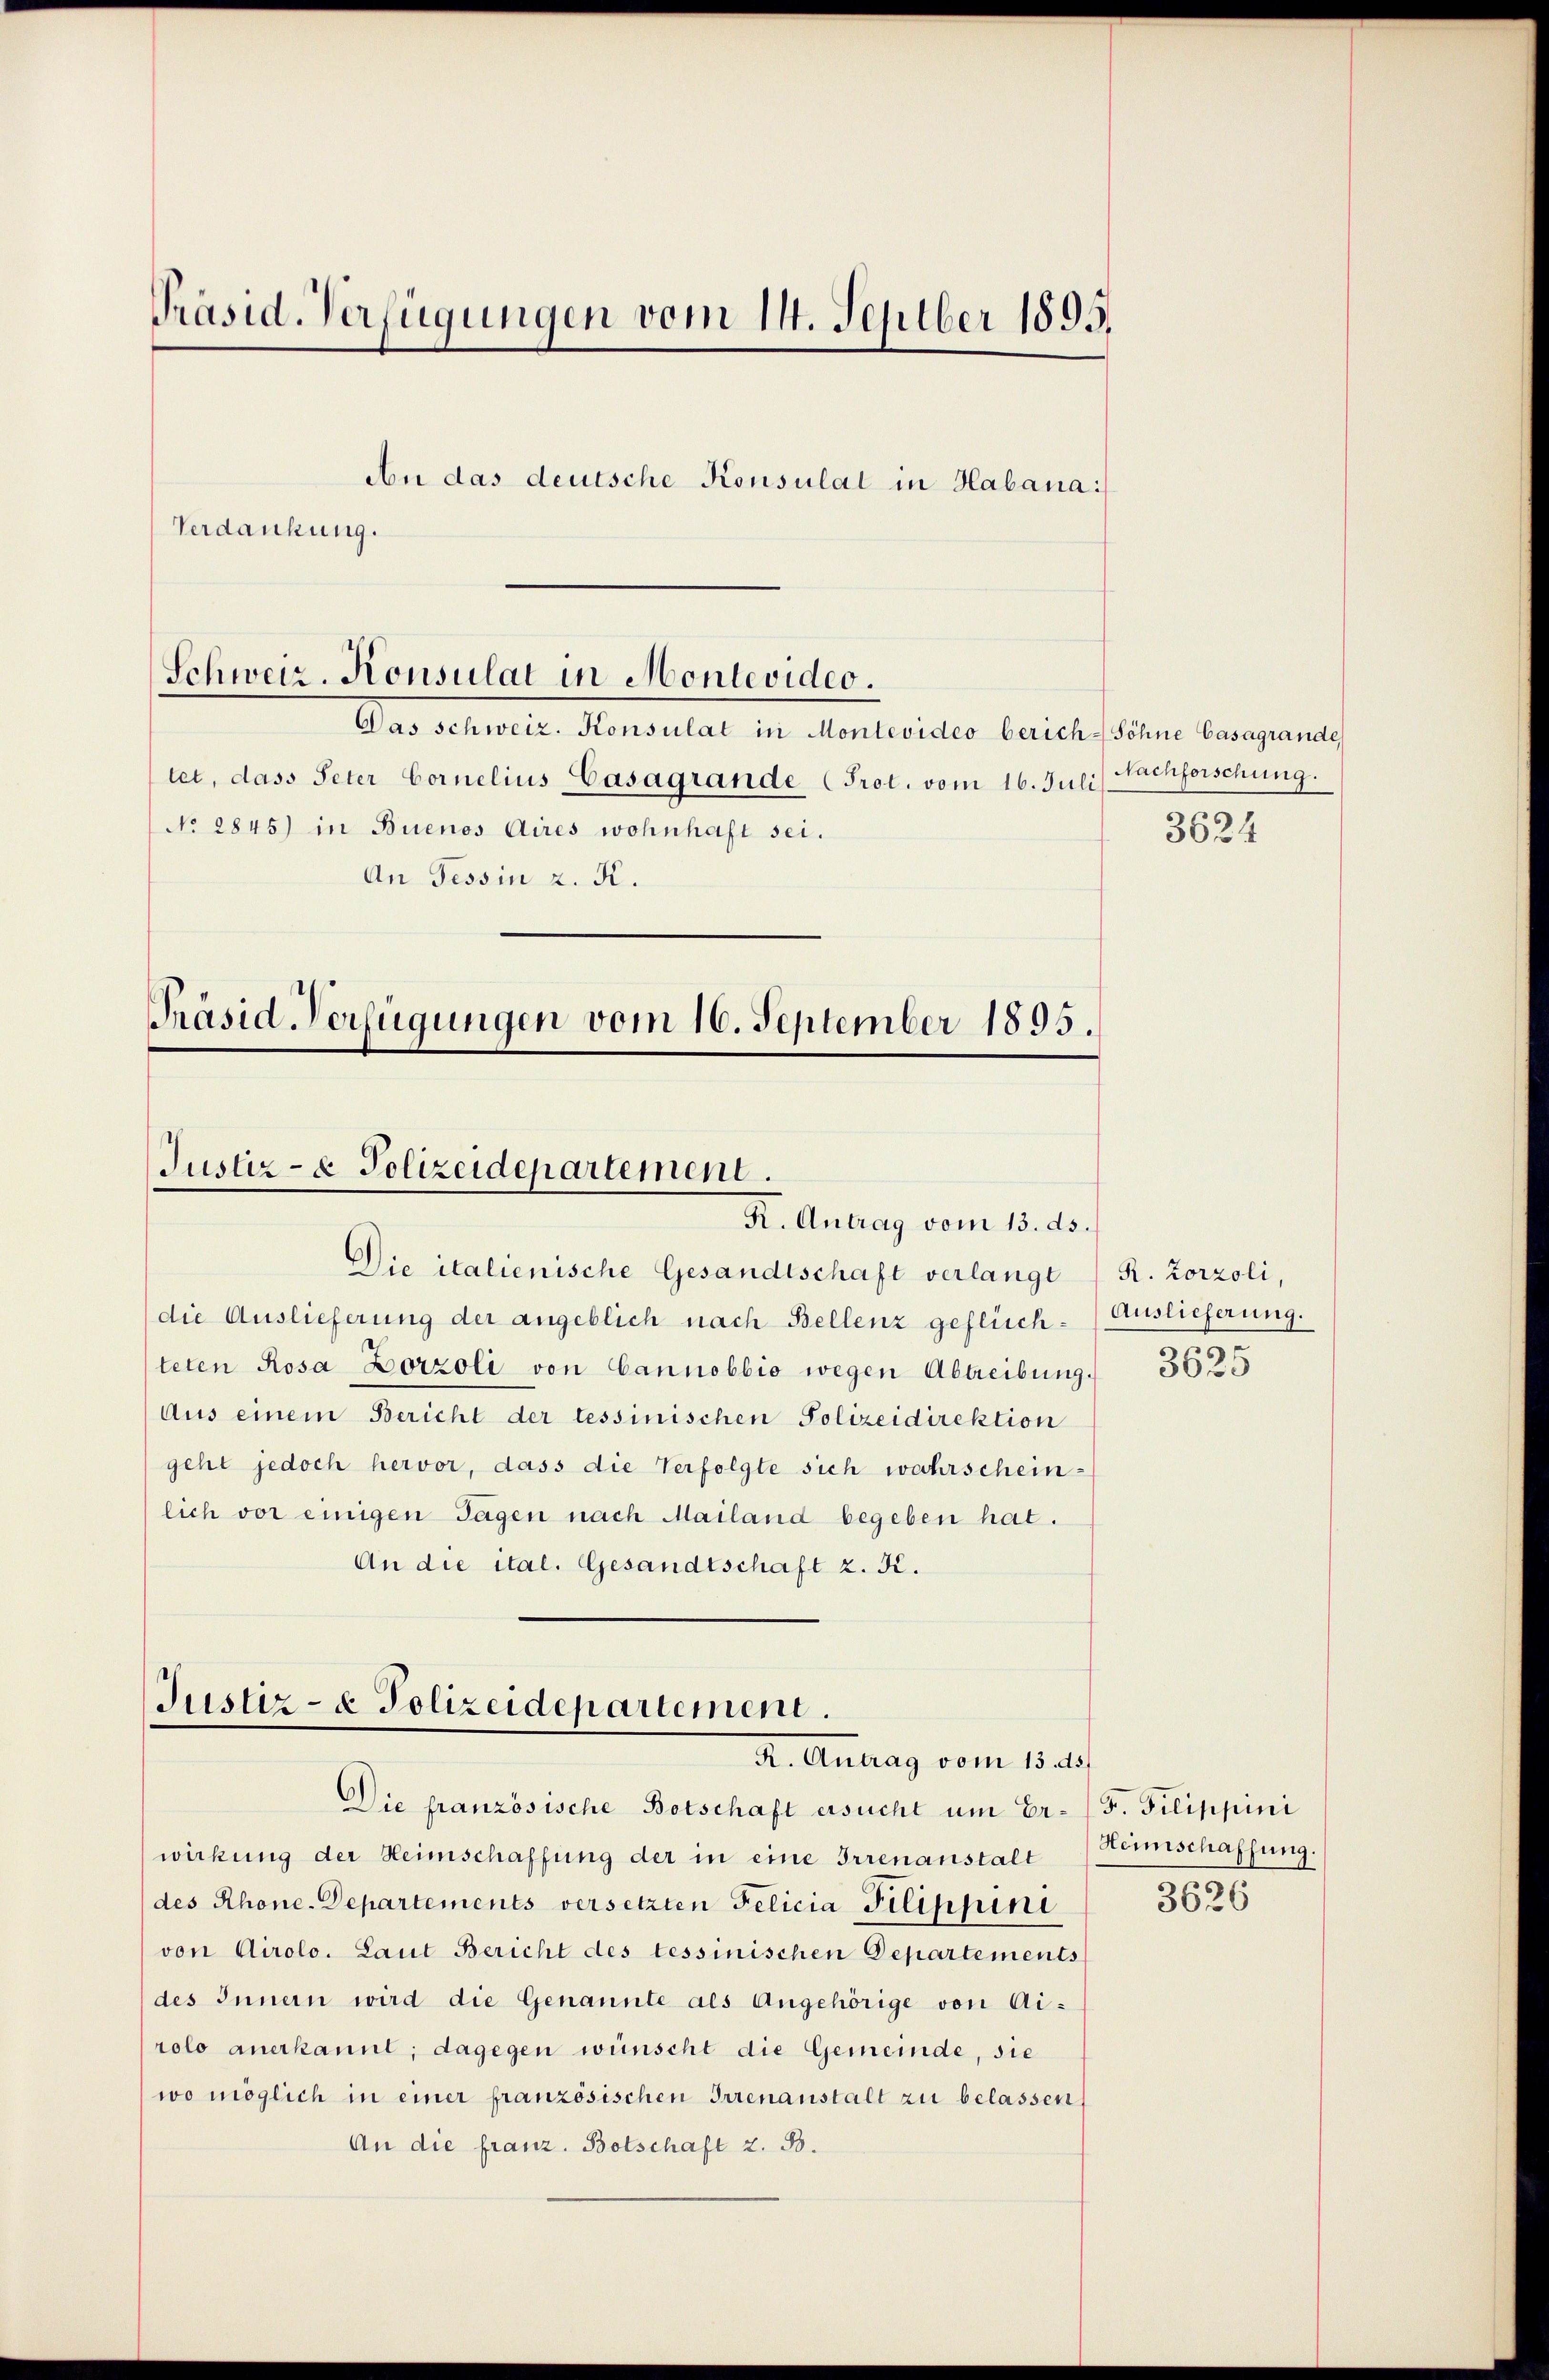
Präsid. Verfügungen vom 14. Septber 1895.
An das deutsche Konsulat in Habana:/
Verdankung.

Schweiz. Konsulat in Montevideo.

Das schweiz. Konsulat in Montevideo berich-Söhne Casagrande
tet, dass Peter Cornelius Casagrande Prot. vom 16. Juli) Nachforschung.
No 2845) in Buenos Aires wohnhaft sei.
An Tessin z. K.

Präsid-Verfügungen vom 16. September 1895.
Justiz- & Polizeidepartement.
K. Antrag vom 13. ds.

Die italienische Gesandtschaft verlangt R. Zorzoli,
die Auslieferung der angeblich nach Bellenz geflüch-Auslieferung.
teten Rosa Lorzoli von Cannobbio wegen Abtreibung.
Aus einem Bericht der lessinischen Polizeidirektion
geht jedoch hervor, dass die Verfolgte sich wahrschein-
lich vor einigen Tagen nach Mailand begeben hat.
An die ital. Gesandtschaft z. K.

Justiz- & Polizeidepartement.
R. Antrag vom 15. ds.

Die französische Botschaft ersucht um Er- /F. Filippini
wirkung der Heimschaffung der in eine Irrenanstalt
des Rhone-Departements versetzten Felicia Filippini
von Airolo. Laut Bericht des tessinischen Departements
des Innern wird die Genannte als Angehörige von Ai-
rolo anerkannt; dagegen wünscht die Gemeinde, sie
wo möglich in einer französischen Irrenanstalt zu belassen
An die franz. Botschaft z. B.

3624

3625

Heimschaffung.
3626